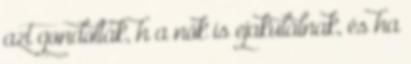
azt gondolták, h a nők is ejakulálnak, és ha